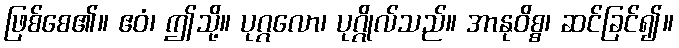
ဖြစ်စေ၏။ ဧဝံ၊ ဤသို့။ ပုဂ္ဂလော၊ ပုဂ္ဂိုလ်သည်။ အာနုဝိစ္စ၊ ဆင်ခြင်၍။